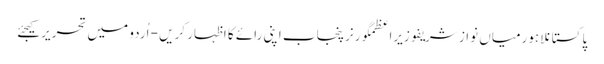
پاکستانلاہورمیاں نواز شریفوزیراعظمگورنرپنجاب اپنی رائے کا اظہار کریں - اُردو میں تحریر کیجئے